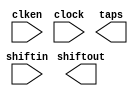
// megafunction wizard: %Shift register (RAM-based)%VBB%
// GENERATION: STANDARD
// VERSION: WM1.0
// MODULE: ALTSHIFT_TAPS 

// ============================================================
// Megafunction Name(s):
// 			ALTSHIFT_TAPS
//
// Simulation Library Files(s):
// 			altera_mf
// ============================================================
// ************************************************************
// THIS IS A WIZARD-GENERATED FILE. DO NOT EDIT THIS FILE!
//
// 13.0.1 Build 232 06/12/2013 SP 1 SJ Full Version
// ************************************************************

//Copyright (C) 1991-2013 Altera Corporation
//Your use of Altera Corporation's design tools, logic functions 
//and other software and tools, and its AMPP partner logic 
//functions, and any output files from any of the foregoing 
//(including device programming or simulation files), and any 
//associated documentation or information are expressly subject 
//to the terms and conditions of the Altera Program License 
//Subscription Agreement, Altera MegaCore Function License 
//Agreement, or other applicable license agreement, including, 
//without limitation, that your use is for the sole purpose of 
//programming logic devices manufactured by Altera and sold by 
//Altera or its authorized distributors.  Please refer to the 
//applicable agreement for further details.

module SHIFTREGRAM (
	clken,
	clock,
	shiftin,
	shiftout,
	taps);

	input	  clken;
	input	  clock;
	input	[12:0]  shiftin;
	output	[12:0]  shiftout;
	output	[168:0]  taps;
`ifndef ALTERA_RESERVED_QIS
// synopsys translate_off
`endif
	tri1	  clken;
`ifndef ALTERA_RESERVED_QIS
// synopsys translate_on
`endif

endmodule

// ============================================================
// CNX file retrieval info
// ============================================================
// Retrieval info: PRIVATE: ACLR NUMERIC "0"
// Retrieval info: PRIVATE: CLKEN NUMERIC "1"
// Retrieval info: PRIVATE: GROUP_TAPS NUMERIC "0"
// Retrieval info: PRIVATE: INTENDED_DEVICE_FAMILY STRING "Cyclone II"
// Retrieval info: PRIVATE: NUMBER_OF_TAPS NUMERIC "13"
// Retrieval info: PRIVATE: RAM_BLOCK_TYPE NUMERIC "1"
// Retrieval info: PRIVATE: SYNTH_WRAPPER_GEN_POSTFIX STRING "0"
// Retrieval info: PRIVATE: TAP_DISTANCE NUMERIC "5"
// Retrieval info: PRIVATE: WIDTH NUMERIC "13"
// Retrieval info: LIBRARY: altera_mf altera_mf.altera_mf_components.all
// Retrieval info: CONSTANT: INTENDED_DEVICE_FAMILY STRING "Cyclone II"
// Retrieval info: CONSTANT: LPM_HINT STRING "RAM_BLOCK_TYPE=M4K"
// Retrieval info: CONSTANT: LPM_TYPE STRING "altshift_taps"
// Retrieval info: CONSTANT: NUMBER_OF_TAPS NUMERIC "13"
// Retrieval info: CONSTANT: TAP_DISTANCE NUMERIC "5"
// Retrieval info: CONSTANT: WIDTH NUMERIC "13"
// Retrieval info: USED_PORT: clken 0 0 0 0 INPUT VCC "clken"
// Retrieval info: USED_PORT: clock 0 0 0 0 INPUT NODEFVAL "clock"
// Retrieval info: USED_PORT: shiftin 0 0 13 0 INPUT NODEFVAL "shiftin[12..0]"
// Retrieval info: USED_PORT: shiftout 0 0 13 0 OUTPUT NODEFVAL "shiftout[12..0]"
// Retrieval info: USED_PORT: taps 0 0 169 0 OUTPUT NODEFVAL "taps[168..0]"
// Retrieval info: CONNECT: @clken 0 0 0 0 clken 0 0 0 0
// Retrieval info: CONNECT: @clock 0 0 0 0 clock 0 0 0 0
// Retrieval info: CONNECT: @shiftin 0 0 13 0 shiftin 0 0 13 0
// Retrieval info: CONNECT: shiftout 0 0 13 0 @shiftout 0 0 13 0
// Retrieval info: CONNECT: taps 0 0 169 0 @taps 0 0 169 0
// Retrieval info: GEN_FILE: TYPE_NORMAL SHIFTREGRAM.v TRUE
// Retrieval info: GEN_FILE: TYPE_NORMAL SHIFTREGRAM.inc FALSE
// Retrieval info: GEN_FILE: TYPE_NORMAL SHIFTREGRAM.cmp FALSE
// Retrieval info: GEN_FILE: TYPE_NORMAL SHIFTREGRAM.bsf FALSE
// Retrieval info: GEN_FILE: TYPE_NORMAL SHIFTREGRAM_inst.v TRUE
// Retrieval info: GEN_FILE: TYPE_NORMAL SHIFTREGRAM_bb.v TRUE
// Retrieval info: LIB_FILE: altera_mf